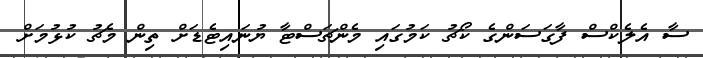
ސާ އެލެކްސް ފާގަސަންގެ ކޯޗު ކަމުގައި މެންޗަސްޓާ ޔުނައިޓެޑަށް ތިން މެޗު ކުޅުމަށް